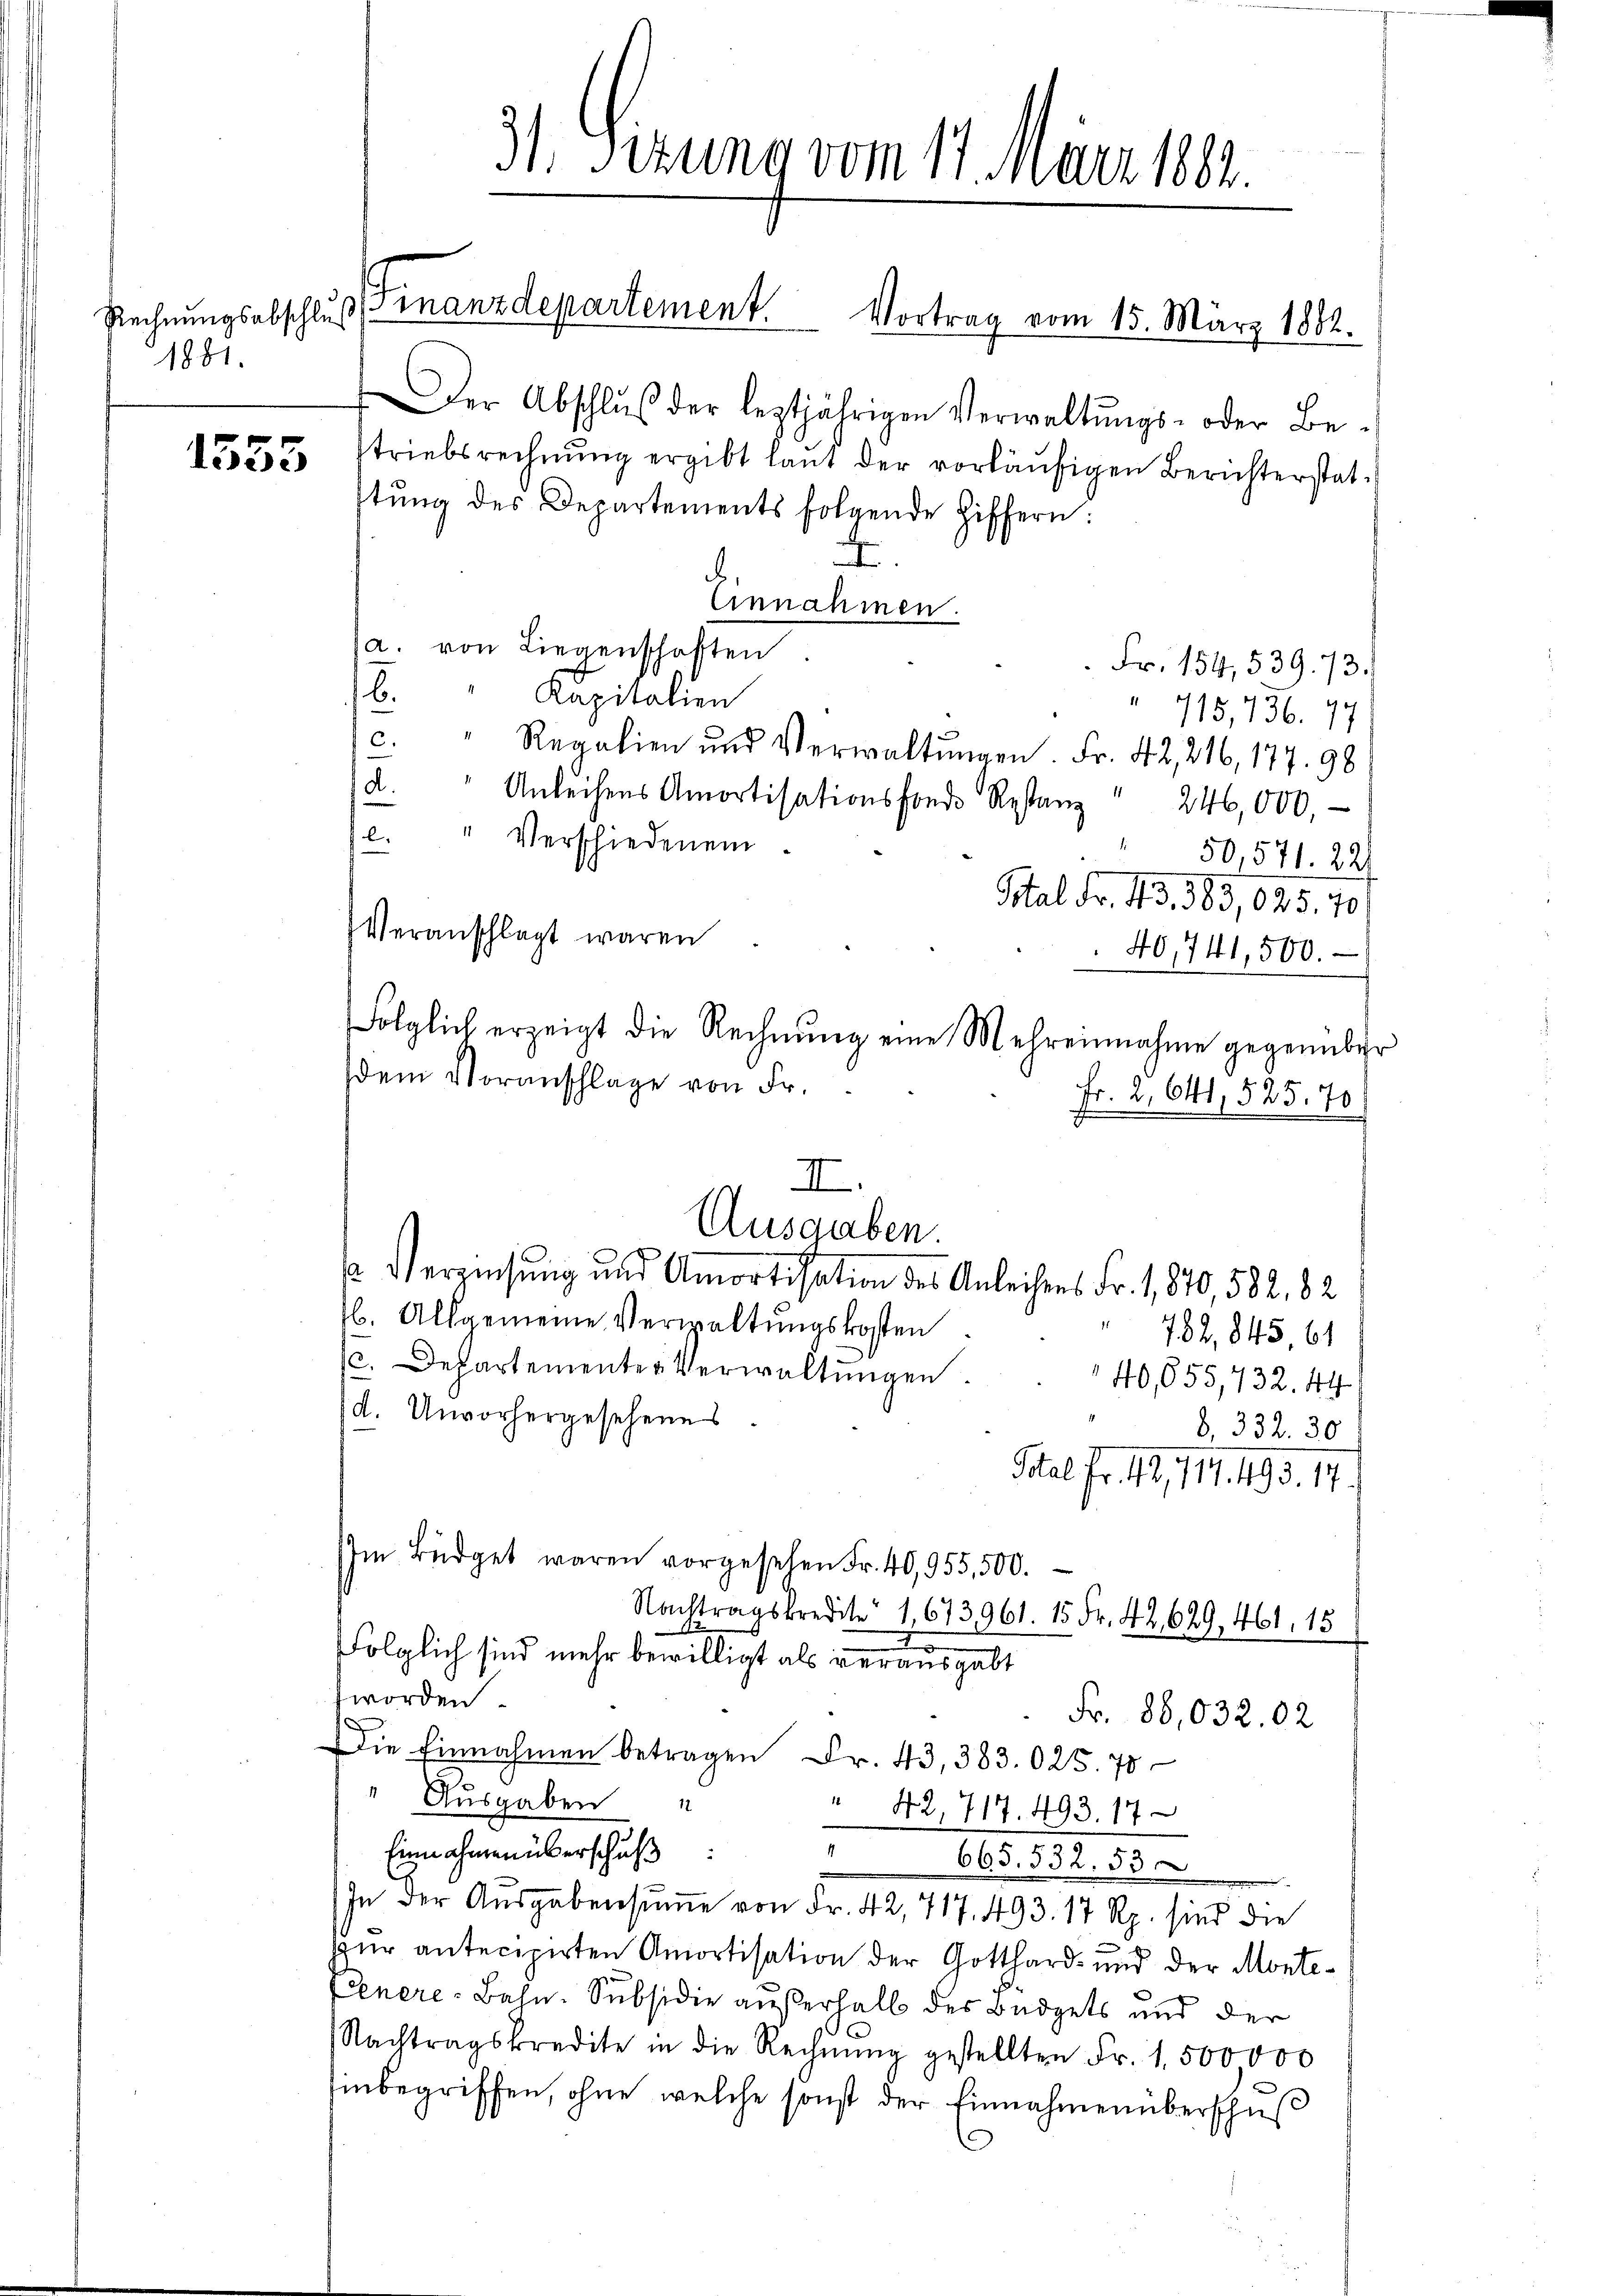
Rechnungsabschluß
1881.

1553

31. Sizung vom 11. März 182.

Der Abschlŭβ der leztjährigen Verwaltŭngs- oder Be-
striebsrechnŭng ergibt laŭt der vorläŭfigen Berichterstat-
tŭng des Departements folgende Hiffern:
.
A
Einnahmen.
a. von Liegenschaften
 Fr. 154, 539. 73.
b.
" Kapitalien
" 715, 736. 77
c. " Regalien und Verwaltŭngen. Fr. 42, 246, 177. 98
.
Anleihens Amortisationsfonds Restanz " 246,000,
.
" Verschiedenen
50,571. 22
Sital Fr. 43, 383,025.70/
Veranschlagt waren
40,741,500.
Folglich erzeigt die Rechnŭng eine Mehreinnahme gegenüber
dem Voranschlage von Fr.
Fr. 2. 641, 525. 70
12. Verzeihung und Amortisation des Anleihens Fr. 1870, 582, 82
b. Allgemeine Verwaltungskosten
 782, 845 61
(c. Departementer Verwaltŭngen.
40,055,732. 44
d. Unvorhergesehenes
8, 332. 30
Stal Fr. 42, 719. 493. 17.
m Büdget waren vorgesehen Fr. 40,955,500.
Nachtragskredite 1,673961. 15 Fr. 42,629, 461. 15
t
folglich sind mehr bewilligt als verausgabt
worden.
Fr. 86,032.02
Die Einnahmen betragen Fr. 43, 383. 025. 75
" Ausgaben
" 42, 717. 493. 17
Einnahmen überschuß
665. 532. 53
In der Ausgabensŭṁe von Fr. 42, 717. 493. 17 Rp. sind die
ur antecipirten Amortisation der Gotthard- und der Monte¬
EGenere-Bahn. Subsidie außerhalb des Büdgets und der
Nachtragskredite in die Rechnŭng gestellten Fr. 1500000
hinbegriffen, ohne welche sonst der Einnahmenüberschus

Finanzdepartement. Vortrag vom 15. März 1882.

II.
Ausgaben.